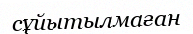
сұйытылмаған